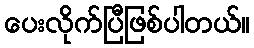
ပေးလိုက်ပြီဖြစ်ပါတယ်။